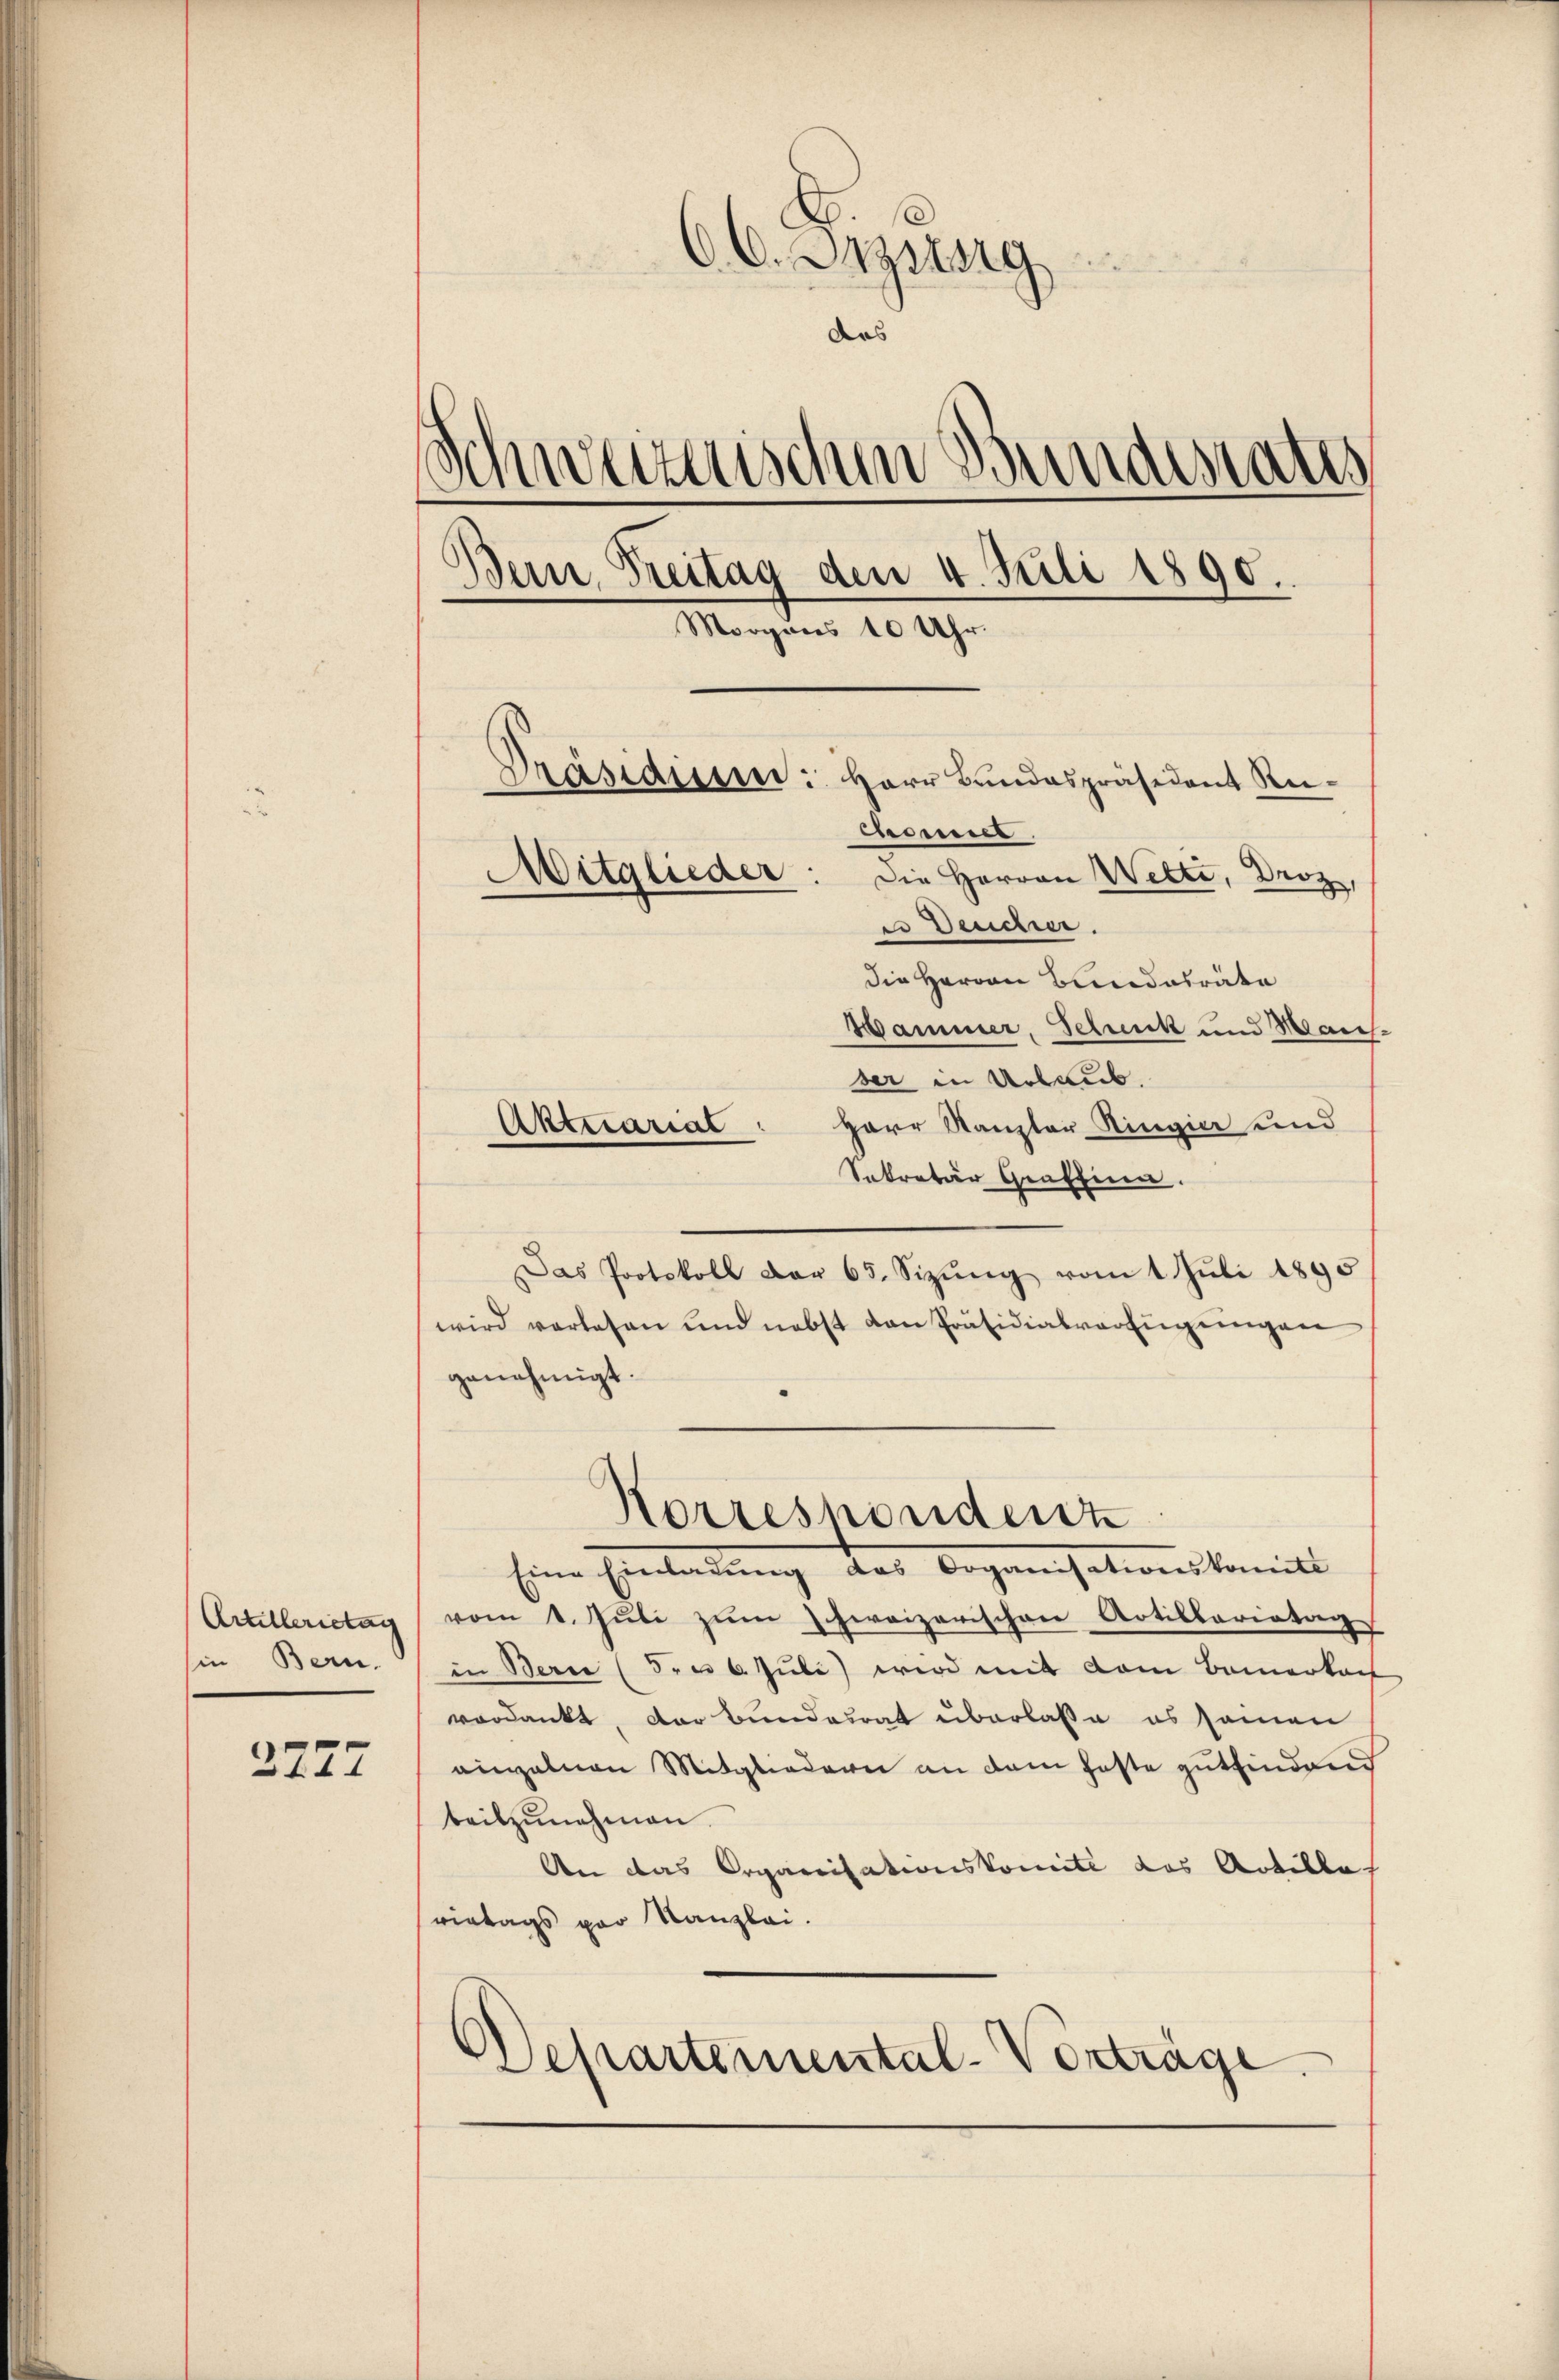
Artillerietag
in Bern.

2727

66. Irzung
r
Schweizerischen Bundesrates
Bein Freitag den 4. Juli 1890.
Morgens 10 Uhr.
Präsidiun: Herr Bundespräsident Ru¬
Chamer
Mitglieder: Die Herren Wette, Droz,
 Deucher.
die Herren Bundesräte

Hammer, Schuck und Marchser in Urlaub.
Aktuarial. Herr Kanzler Ringia und
Sekretär Graffina.
Das Protokoll der 65. Sizung vom 1 Juli 1895
wird verlesen und nebst von Präsidialverfügungen
genehmigt.
Korrespondenz
Eine Einladung des Organisationskomili
vom 1. Jŭli zŭm Schweizerischen Artillariaten
in Bern (S. 6. Juli) wird mit dem Bemerkauf
verdankt, der Bundesrat überlasse es seinen
ainzelnen Mitgliedern an dem feste gutfindend
beibzŭnehmen.
An das Organisationskomite das Artille
vietags par Kanzlei.
Departemental-Vorträge.